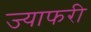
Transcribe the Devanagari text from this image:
ज्याफरी